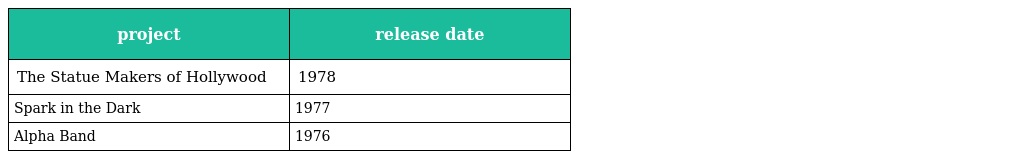
| project | release date |
 | --- | --- |
 | The Statue Makers of Hollywood | 1978 |
 | Spark in the Dark | 1977 |
 | Alpha Band | 1976 |